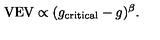
\mathrm { V E V } \propto ( g _ { \mathrm { c r i t i c a l } } - g ) ^ { \beta } .